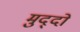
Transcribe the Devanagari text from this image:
मुद्‍दों